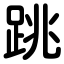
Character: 跳